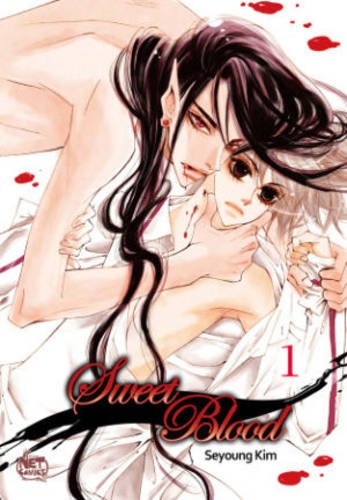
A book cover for Sweet Blood Volume 1 (Sweet Blood Gn); Seyoung Kim; Comics & Graphic Novels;